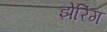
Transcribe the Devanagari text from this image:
झेरिंग